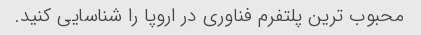
محبوب ترین پلتفرم فناوری در اروپا را شناسایی کنید.